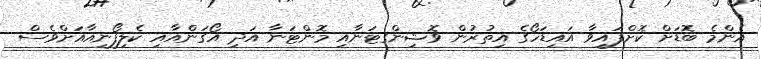
އެންމެ ބޮޑަށް ކޮށްފައިވާ އައިޑަހޯގެ އިތުރުން ވޮޝިންގޓަނާއި މޮންޓަނާ އަދި އޯގަންއާއި ކެލިފޯނިއާއަށްވެސް